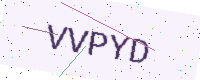
Text: VVPYD